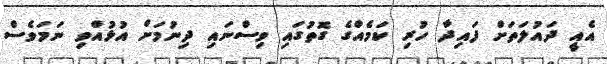
އެއީ ދައުލަތަށް ފައިދާ ހުރި ކަމެއްގެ ގޮތުގައި ވިސްނައި ދިނުމަށް އުޅުއްވި ނަމަވެސް